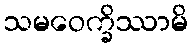
သမဝေက္ခိဿာမိ